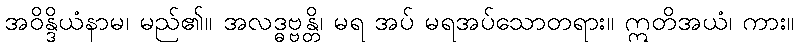
အဝိန္ဒိယံနာမ၊ မည်၏။ အလဒ္ဓဗ္ဗန္တိ၊ မရ အပ် မရအပ်သောတရား။ ဣတိအယံ၊ ကား။